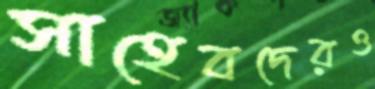
সাহেবদেরও